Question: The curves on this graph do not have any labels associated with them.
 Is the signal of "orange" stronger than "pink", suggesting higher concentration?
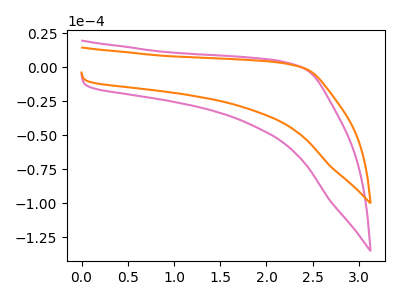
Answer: <think>The pink curve "pink" has no peaks. The orange curve "orange" has no peaks.
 Neither "orange" or "pink" have any peaks.</think>
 <answer>I cant tell if "orange" or "pink" has higher concentration.</answer>
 <eval>mixed_concentration</eval>